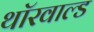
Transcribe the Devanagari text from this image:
थॉरवाल्ड